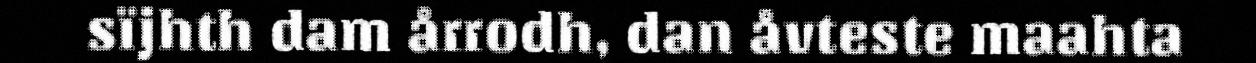
sïjhth dam årrodh, dan åvteste maahta